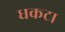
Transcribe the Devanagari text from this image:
धकटा